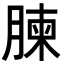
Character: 𮌥